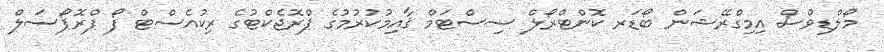
މޯލްޑިވްސް އިމިގްރޭޝަން ބޯޑަރ ކޮންޓްރޯލް ސިސްޓަމް ޤާއިމުކުރުމުގެ ޕްރޮޖެކްޓުގެ ރިކުއެސްޓް ފޯ ޕްރޮޕޯސަލް